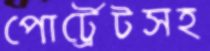
পোর্ট্রেটসহ